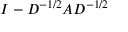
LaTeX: I - D ^ { - 1 / 2 } A D ^ { - 1 / 2 }